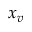
x _ { v }